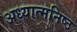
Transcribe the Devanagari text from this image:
अध्यात्मनिष्ठ